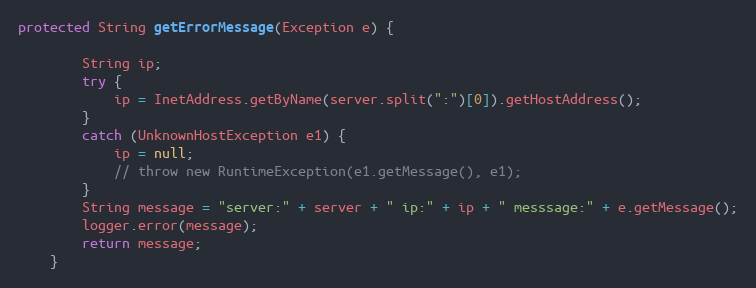
Language: Java
protected String getErrorMessage(Exception e) {

		String ip;
		try {
			ip = InetAddress.getByName(server.split(":")[0]).getHostAddress();
		}
		catch (UnknownHostException e1) {
			ip = null;
			// throw new RuntimeException(e1.getMessage(), e1);
		}
		String message = "server:" + server + " ip:" + ip + " messsage:" + e.getMessage();
		logger.error(message);
		return message;
	}